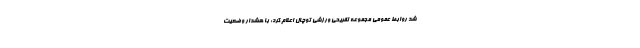
شد روابط عمومی مجموعه تفریحی ورزشی توچال اعلام کرد: با هشدار وضعیت